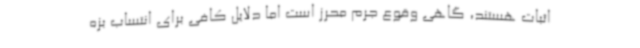
اثبات هستند، گاهی وقوع جرم محرز است اما دلایل کافی برای انتساب بزه